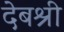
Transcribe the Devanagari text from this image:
देबश्री